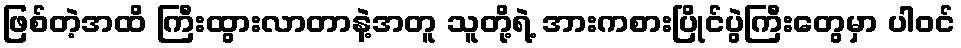
ဖြစ်တဲ့အထိ ကြီးထွားလာတာနဲ့အတူ သူတို့ရဲ့ အားကစားပြိုင်ပွဲကြီးတွေမှာ ပါဝင်